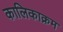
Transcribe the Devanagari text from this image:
कालिकाक्रम